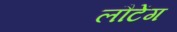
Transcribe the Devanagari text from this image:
लौटेंग